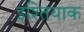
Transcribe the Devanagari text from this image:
इश्तियाक